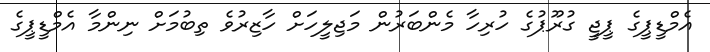
އެމްޑީޕީގެ ޕީޖީ ގުރޫޕުގެ ހުރިހާ މެންބަރުން މަޖިލީހަށް ހާޒިރުވެ ތިބުމަށް ނިންމާ އެމްޑީޕީގެ